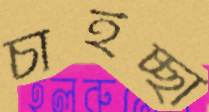
চাইচ্ছা